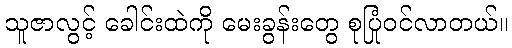
သူဇာလွင့် ခေါင်းထဲကို မေးခွန်းတွေ စုပြုံဝင်လာတယ်။